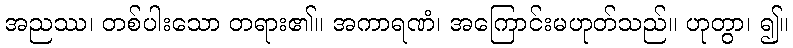
အညဿ၊ တစ်ပါးသော တရား၏။ အကာရဏံ၊ အကြောင်းမဟုတ်သည်။ ဟုတွာ၊ ၍။